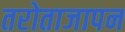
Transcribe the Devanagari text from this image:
तरोताजापन